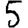
Digit: 5